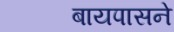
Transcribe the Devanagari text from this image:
बायपासने